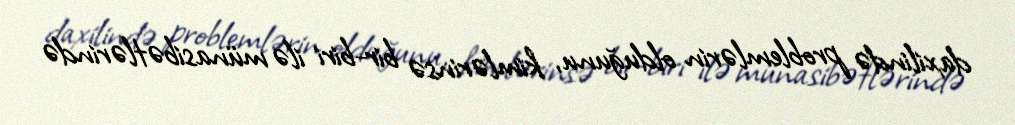
daxilində problemlərin olduğunu, kimlərinsə bir-biri ilə münasibətlərində